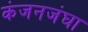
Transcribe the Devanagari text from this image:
कंजनजंघा